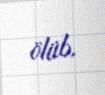
ölüb.